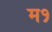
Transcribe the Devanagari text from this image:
म१